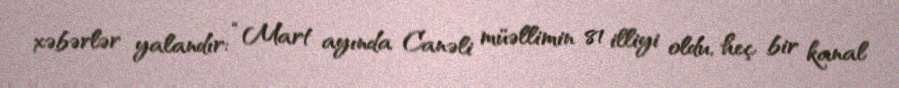
xəbərlər yalandır: “Mart ayında Canəli müəllimin 81 illiyi oldu, heç bir kanal